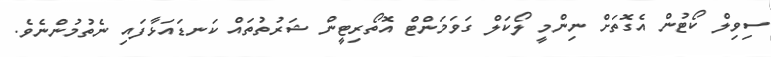
ސިވިލް ކޯޓުން އެގޮތަށް ނިންމީ ލޯކަލް ގަވަމަންޓް އޮތޯރިޓީން ޝަރުތުތައް ކަނޑައަޅާފައި ނެތުމުންނެވެ.